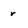
Character: r